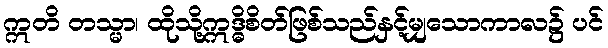
ဣတိ တသ္မာ၊ ထိုသို့ဣဒ္ဓိစိတ်ဖြစ်သည်နှင့်မျှသောကာလ၌ ပင်